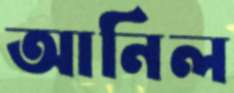
আনিল